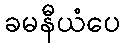
ခမနီယံပေ